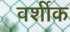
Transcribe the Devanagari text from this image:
वर्शीक